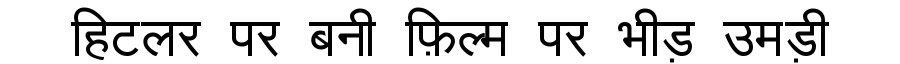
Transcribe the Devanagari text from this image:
हिटलर पर बनी फ़िल्म पर भीड़ उमड़ी